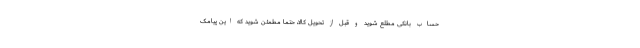
حساب بانکی مطلع شوید و قبل از تحویل کالا، حتما مطمئن شوید که این پیامک